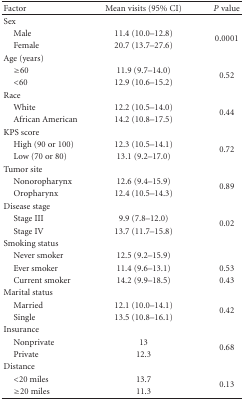
<table><thead><tr><td><b>Factor</b></td><td><b>Mean visits (95% CI)</b></td><td><b><i>P</i> value</b></td></tr></thead><tbody><tr><td>Sex</td><td> </td><td> </td></tr><tr><td> Male</td><td>11.4 (10.0–12.8)</td><td rowspan="2">0.0001</td></tr><tr><td> Female</td><td>20.7 (13.7–27.6)</td></tr><tr><td>Age (years)</td><td> </td><td> </td></tr><tr><td> ≥60</td><td>11.9 (9.7–14.0)</td><td rowspan="2">0.52</td></tr><tr><td> &lt;60</td><td>12.9 (10.6–15.2)</td></tr><tr><td>Race</td><td> </td><td> </td></tr><tr><td> White</td><td>12.2 (10.5–14.0)</td><td rowspan="2">0.44</td></tr><tr><td> African American</td><td>14.2 (10.8–17.5)</td></tr><tr><td>KPS score</td><td> </td><td> </td></tr><tr><td> High (90 or 100)</td><td>12.3 (10.5–14.1)</td><td rowspan="2">0.72</td></tr><tr><td> Low (70 or 80)</td><td>13.1 (9.2–17.0)</td></tr><tr><td>Tumor site</td><td> </td><td> </td></tr><tr><td> Nonoropharynx</td><td>12.6 (9.4–15.9)</td><td rowspan="2">0.89</td></tr><tr><td> Oropharynx</td><td>12.4 (10.5–14.3)</td></tr><tr><td>Disease stage</td><td> </td><td> </td></tr><tr><td> Stage III</td><td>9.9 (7.8–12.0)</td><td rowspan="2">0.02</td></tr><tr><td> Stage IV</td><td>13.7 (11.7–15.8)</td></tr><tr><td>Smoking status</td><td> </td><td> </td></tr><tr><td> Never smoker</td><td>12.5 (9.2–15.9)</td><td> </td></tr><tr><td> Ever smoker</td><td>11.4 (9.6–13.1)</td><td>0.53</td></tr><tr><td> Current smoker</td><td>14.2 (9.9–18.5)</td><td>0.43</td></tr><tr><td>Marital status</td><td> </td><td> </td></tr><tr><td> Married</td><td>12.1 (10.0–14.1)</td><td rowspan="2">0.42</td></tr><tr><td> Single</td><td>13.5 (10.8–16.1)</td></tr><tr><td>Insurance</td><td> </td><td> </td></tr><tr><td> Nonprivate</td><td>13</td><td rowspan="2">0.68</td></tr><tr><td> Private</td><td>12.3</td></tr><tr><td>Distance</td><td> </td><td> </td></tr><tr><td> &lt;20 miles</td><td>13.7</td><td rowspan="2">0.13</td></tr><tr><td> ≥20 miles</td><td>11.3</td></tr></tbody></table>